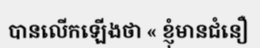
បានលើកឡើងថា « ខ្ញុំមានជំនឿ